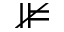
\nVDash